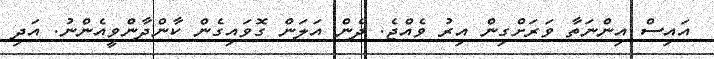
އައިސް އިންނަތާ ވަރަށްގިން އިރު ވެއްޖެ. ދެން އަލަން ގޮވައިގެން ކާންދާންވީއެންނު. އަދި